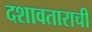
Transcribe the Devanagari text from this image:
दशावताराची